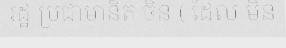
រដ្ឋ ប្រជាមានិត ចិន ( ដែល មិន